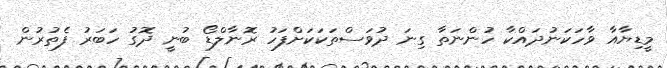
މީޑިޔާއާ ވާހަކަނުދައްކާ ހުންނަތާ ގިނަ ދުވަސްތަކަކަށްފަހު ރޮނާލްޑޯ ބުނީ ދޮގު ހަބަރު ފެތުރުން